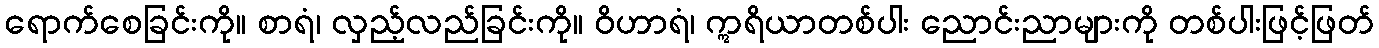
ရောက်စေခြင်းကို။ စာရံ၊ လှည့်လည်ခြင်းကို။ ဝိဟာရံ၊ ဣရိယာတစ်ပါး ညောင်းညာများကို တစ်ပါးဖြင့်ဖြတ်